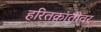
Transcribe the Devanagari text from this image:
हरितक्रांतीवर